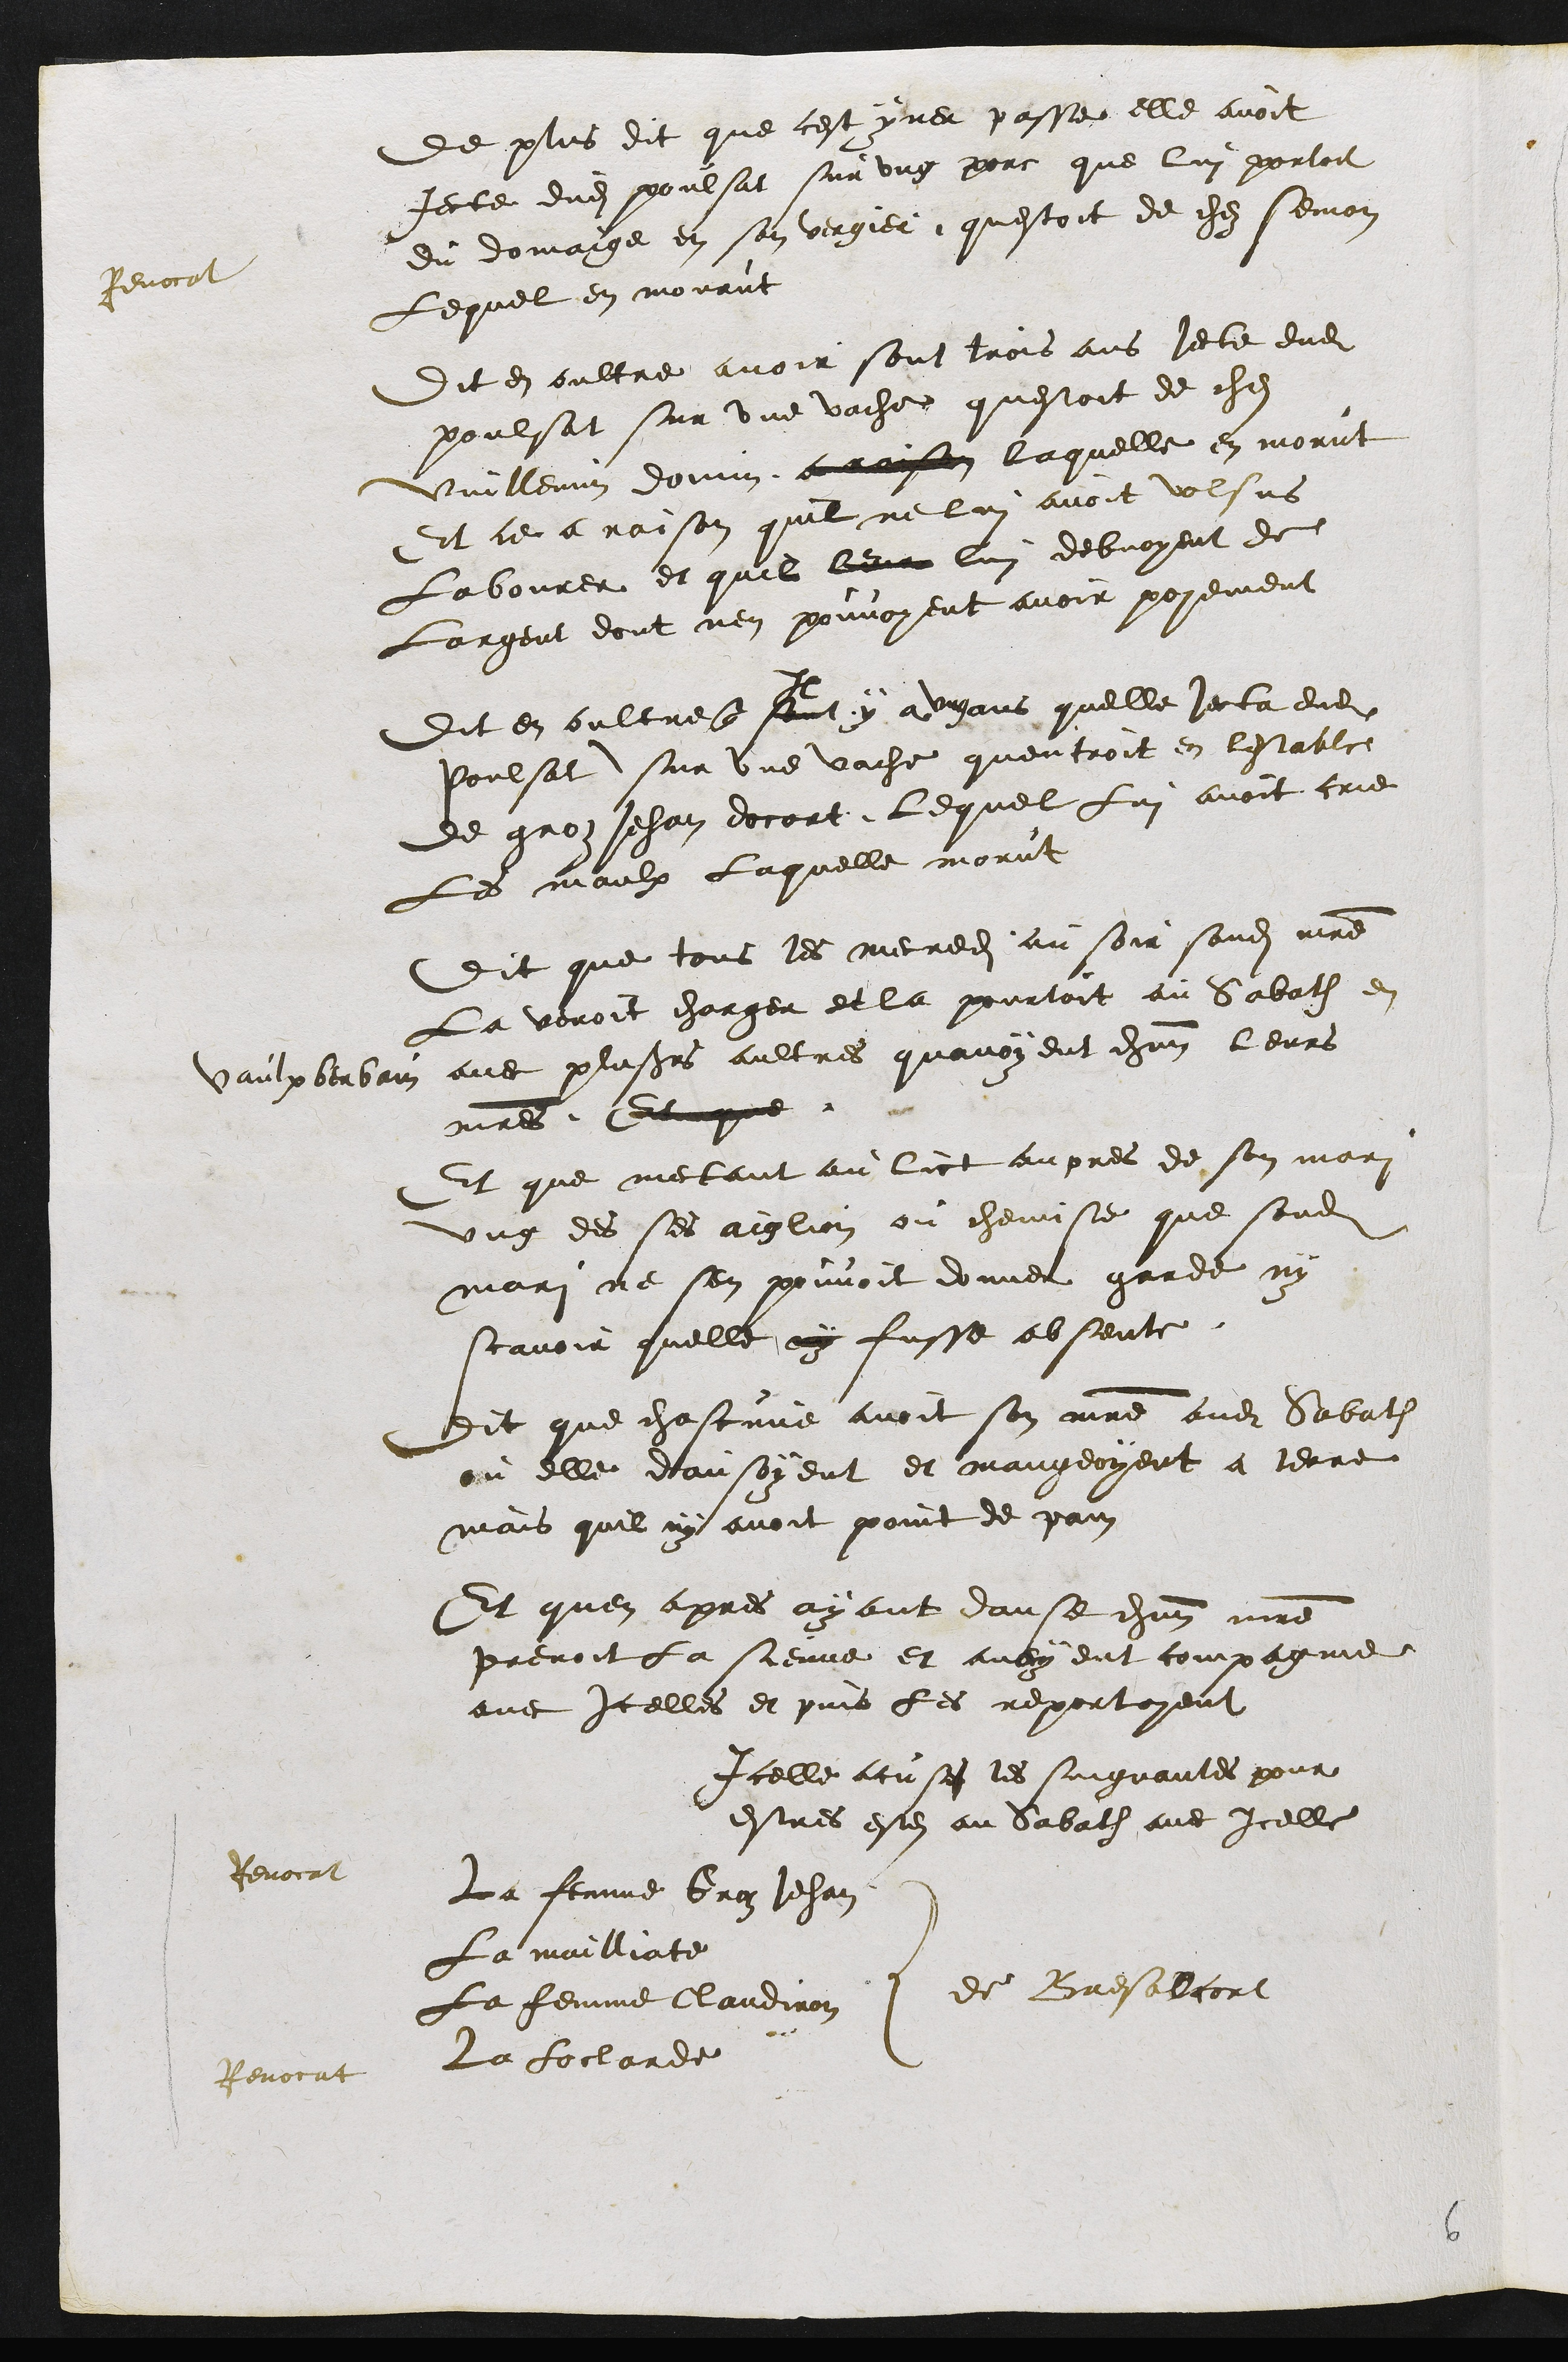
de plus dit que cest yver passe elle avoit
jecte dudit poulsat sur ung porc que lui portoit
du domaige en son vergier, questoit de chez Semon
lequel en mourut.
Revocat
Dit en oultre avoir sont trois ans jecte dudit
poulsat sur une vache questoit de chez
Vuillemin Domin a raison laquelle en morut
Et ce a raison quil ne lui avoit volsus
Labourer et quil leur luy debvoyent de
Largent dont nen pouvoyent avoir paiement
Dit en oultre que sont
Il
y a ung ans quelle jecta dudit
Poulsat sur une vache quentroit en lestable
de groz Jehan docort Lequel lui avoit crie
Les maulx Laquelle morut
Dit que tous les mercredi au soir sondit maitre
la venoit charger et la pourtoit au Sabath en
Vaulx berbain avec plusieurs aultres quavoyent chacun leurs
maitres Et que
Et que mectant au lict aupres de son mari
ung des ses aiglion ou chemise que sondit
mari ne sen pouvoit donner garde ny
scavoir quelle ny fusse absente
Dit que chascune avoit son maitre audit Sabath
ou elle dansoyent et mangeoyent a terre
mais quil ny avoit point de pain.
Et quen apres ayant danse chacun maitre
prenoit la sienne et avoyent compagnie
avec Icelles et puis les reportoyent
Icelle acuse les suigvantes pour
estres este au Sabath avec Icelle
de Bresalcort :
Revocat : La femme Groz Jehan
La mailliate
La femme Claudiron
Revocat : La Loclarde